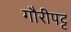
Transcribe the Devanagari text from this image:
गौरीपट्ट